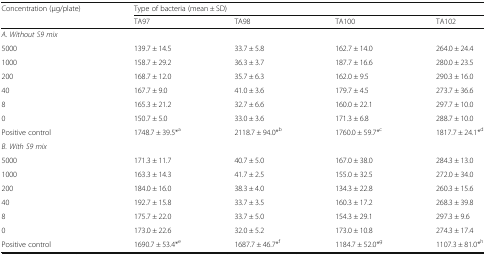
<table><thead><tr><td rowspan="2"><b>Concentration (μg/plate)</b></td><td colspan="4"><b>Type of bacteria (mean ± SD)</b></td></tr><tr><td><b>TA97</b></td><td><b>TA98</b></td><td><b>TA100</b></td><td><b>TA102</b></td></tr></thead><tbody><tr><td><i>A. Without S9 mix</i></td><td></td><td></td><td></td><td></td></tr><tr><td>5000</td><td>139.7 ± 14.5</td><td>33.7 ± 5.8</td><td>162.7 ± 14.0</td><td>264.0 ± 24.4</td></tr><tr><td>1000</td><td>158.7 ± 29.2</td><td>36.3 ± 3.7</td><td>187.7 ± 16.6</td><td>280.0 ± 23.5</td></tr><tr><td>200</td><td>168.7 ± 12.0</td><td>35.7 ± 6.3</td><td>162.0 ± 9.5</td><td>290.3 ± 16.0</td></tr><tr><td>40</td><td>167.7 ± 9.0</td><td>41.0 ± 3.6</td><td>179.7 ± 4.5</td><td>273.7 ± 36.6</td></tr><tr><td>8</td><td>165.3 ± 21.2</td><td>32.7 ± 6.6</td><td>160.0 ± 22.1</td><td>297.7 ± 10.0</td></tr><tr><td>0</td><td>150.7 ± 5.0</td><td>33.0 ± 3.6</td><td>171.3 ± 6.8</td><td>288.7 ± 10.0</td></tr><tr><td>Positive control</td><td>1748.7 ± 39.5*<sup>a</sup></td><td>2118.7 ± 94.0*<sup>b</sup></td><td>1760.0 ± 59.7*<sup>c</sup></td><td>1817.7 ± 24.1*<sup>d</sup></td></tr><tr><td><i>B. With S9 mix</i></td><td></td><td></td><td></td><td></td></tr><tr><td>5000</td><td>171.3 ± 11.7</td><td>40.7 ± 5.0</td><td>167.0 ± 38.0</td><td>284.3 ± 13.0</td></tr><tr><td>1000</td><td>163.3 ± 14.3</td><td>41.7 ± 2.5</td><td>155.0 ± 32.5</td><td>272.0 ± 34.0</td></tr><tr><td>200</td><td>184.0 ± 16.0</td><td>38.3 ± 4.0</td><td>134.3 ± 22.8</td><td>260.3 ± 15.6</td></tr><tr><td>40</td><td>192.7 ± 15.8</td><td>33.7 ± 3.5</td><td>160.3 ± 17.2</td><td>268.3 ± 39.8</td></tr><tr><td>8</td><td>175.7 ± 22.0</td><td>33.7 ± 5.0</td><td>154.3 ± 29.1</td><td>297.3 ± 9.6</td></tr><tr><td>0</td><td>173.0 ± 22.6</td><td>32.0 ± 5.2</td><td>173.0 ± 10.8</td><td>274.3 ± 17.4</td></tr><tr><td>Positive control</td><td>1690.7 ± 53.4*<sup>e</sup></td><td>1687.7 ± 46.7*<sup>f</sup></td><td>1184.7 ± 52.0*<sup>g</sup></td><td>1107.3 ± 81.0*<sup>h</sup></td></tr></tbody></table>